Vaccination Hyderabad 1872-1889 - 1872-1889
Year: 1872
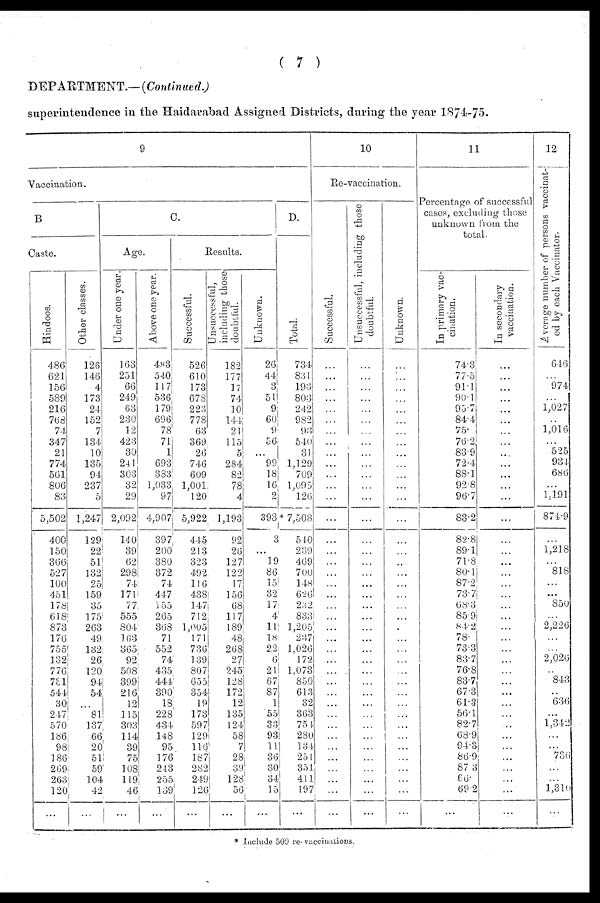
( 7 )
DEPARTMENT.— (Continued.)
superintendence in the Haidarabad Assigned Districts, during the year 1874-75.
9
Vaccination.
B
Caste.
Hindoos.
486
621
156
589
216
768
74
347
21
774
561
806
83
5,502
400
150
366
527
100
451
178
618
873
176
755
135
776
731
544
30
247
570
186
98
186
269
263
120
...
Other classes.
126
146
4
173
24
152
7
134
10
135
94
237
5
1,247
129
22
51
132
25
159
35
175
263
49
132
26
120
94
54
...
81
137
66
20
51
59
104
42
...
C.
Age.
Under one year.
163
251
66
249
63
230
12
423
30
241
303
32
29
2,092
140
39
62
298
74
171
77
555
804
163
365
92
508
399
216
12
115
303
114
39
75
108
119
46
...
Above one year.
483
540
117
536
179
696
78
71
1
693
383
1,033
97
4,907
397
200
380
372
74
447
155
265
868
71
552
74
435
444
390
18
228
434
148
95
176
243
255
139
...
Results.
Successful.
526
610
173
678
223
778
63
369
26
746
609
1,001
120
5,922
445
213
323
492
116
438
147
712
1,005
171
736
139
807
655
354
19
173
597
129
116
187
282
249
126
...
Unsuccessful,
including those
doubtful.
182
177
17
74
10
144
21
115
5
284
82
78
4
1,193
92
26
127
122
17
156
68
117
189
48
268
27
245
128
172
12
135
124
58
7
28
39
128
56
...
Unknown.
26
44
3
51
9
60
9
56
...
99
18
16
2
393
3
...
19
86
15
32
17
4
11
18
22
6
21
67
87
1
55
33
93
11
36
30
34
15
...
D.
Total.
734
831
193
803
242
982
93
540
31
1,129
709
1,095
126
* 7,508
540
239
469
700
148
626
232
833
1,205
237
1,026
172
1,073
850
613
32
363
754
280
134
251
351
411
197
...
10
Re-vaccination.
Successful.
...
...
...
...
...
...
...
...
...
...
...
...
...
...
...
...
...
...
...
...
...
...
...
...
...
...
...
...
...
...
...
...
...
...
...
...
...
...
...
Unsuccessful, including those
doubtful.
...
...
...
...
...
...
...
...
...
...
...
...
...
...
...
...
...
...
...
...
...
...
...
...
...
...
...
...
...
...
...
...
...
...
...
...
...
...
...
Unknown.
...
...
...
...
...
...
...
...
...
...
...
...
...
...
...
...
...
...
...
...
...
...
...
...
...
...
...
...
...
...
...
...
...
...
...
...
...
...
...
11
Percentage of successful
cases, excluding those
unknown from the
total.
In primary vac-
cination.
74.3
77.5
91.1
90.1
95.7
84.4
75.
76.2
83.9
72.4
88.1
92.8
96.7
83.2
82.8
89.1
71.8
80.1
87.2
73.7
68.3
85.9
84.2
78.
73.3
83.7
76.8
83.7
67.3
61.3
56.1
82.7
68.9
94.3
86.9
87.3
66.
69.2
...
In secondary
vaccination.
...
...
...
...
...
...
...
...
...
...
...
...
...
...
...
...
...
...
...
...
...
...
...
...
...
...
...
...
...
...
...
...
...
...
...
...
...
...
...
12
Average number of persons vaccinat-
ed by each Vaccinator.
646
...
974
...
1,027
...
1,016
...
525
934
686
...
1,191
874.9
...
1,218
...
818
...
...
850
...
2,226
...
...
2,026
...
843
...
636
...
1,342
...
...
736
...
...
1,310
...
* Include 509 re-vaccinations.